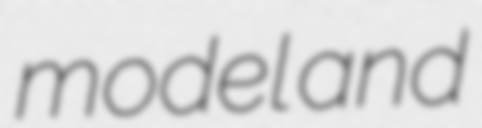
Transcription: model and